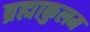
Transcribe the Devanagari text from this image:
ब्रह्माकुलम